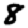
Digit: 8